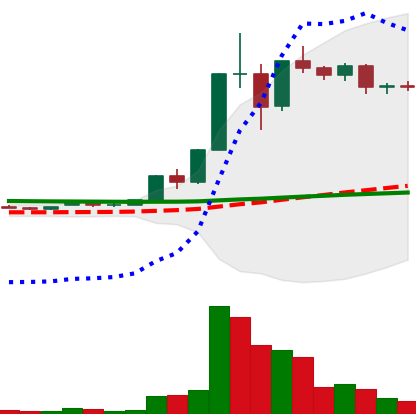
Ticker: XLM-USD
Chart end date: 2020-12-03
Forward return: -17.092%
Label: down_7plus